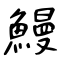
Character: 鰻